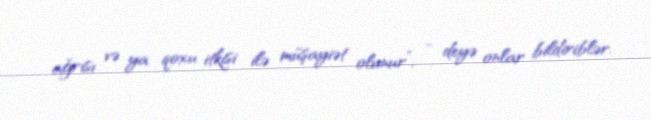
ağrısı və ya qoxu itkisi ilə müşayiət olunur”, - deyə onlar bildiriblər.